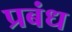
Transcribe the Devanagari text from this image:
प्रबंध